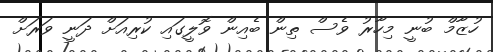
ހުޒާމް ބުނީ މިހާރު ވެސް ތިން ބެއިން ވޮލީގައި ކުރިއަށް ދަނީ ވަރަށް